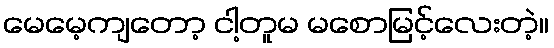
မေမေ့ကျတော့ ငါ့တူမ မစောမြင့်လေးတဲ့။